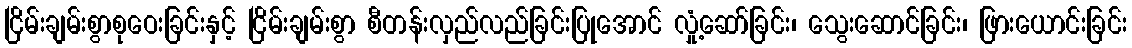
ငြိမ်းချမ်းစွာစုဝေးခြင်းနှင့် ငြိမ်းချမ်းစွာ စီတန်းလှည်လည်ခြင်းပြုအောင် လှုံ့ဆော်ခြင်း၊ သွေးဆောင်ခြင်း၊ ဖြားယောင်းခြင်း